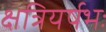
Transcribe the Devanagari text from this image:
क्षत्रियर्षभः